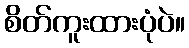
စိတ်ကူးထားပုံပဲ။